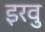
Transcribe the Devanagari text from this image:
इरवु